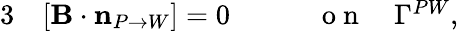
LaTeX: \begin{array}{rlr}{{3}}&{{}[{\mathbf B}\cdot\mathbf{n}_{P\rightarrow W}]=0\qquad}&{\mathrm{~o~n~}\quad\Gamma^{PW},}\end{array}